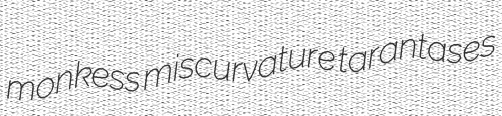
monkess miscurvature tarantases